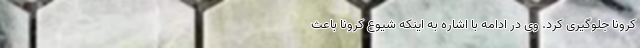
کرونا جلوگیری کرد. وی در ادامه با اشاره به اینکه شیوع کرونا باعث